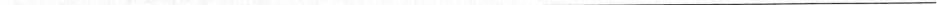
___